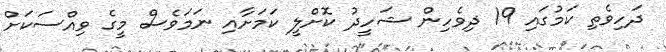
ދަހިވެތި ކަމުގައި 19 ދިވެހިން ޝަހީދު ކޮށްލީ ކަމަށާއި ނަމަވެސް މީގެ ވިއްސަކަށް